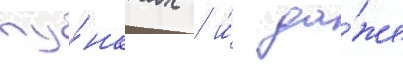
пу́нктах / и́ да́же